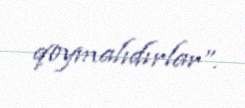
qoymalıdırlar”.